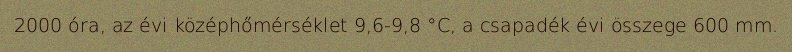
2000 óra, az évi középhőmérséklet 9,6-9,8 °C, a csapadék évi összege 600 mm.